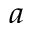
^ { a }